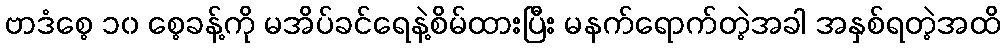
ဗာဒံစေ့ ၁၀ စေ့ခန့်ကို မအိပ်ခင်ရေနဲ့စိမ်ထားပြီး မနက်ရောက်တဲ့အခါ အနှစ်ရတဲ့အထိ